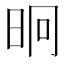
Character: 𭥤